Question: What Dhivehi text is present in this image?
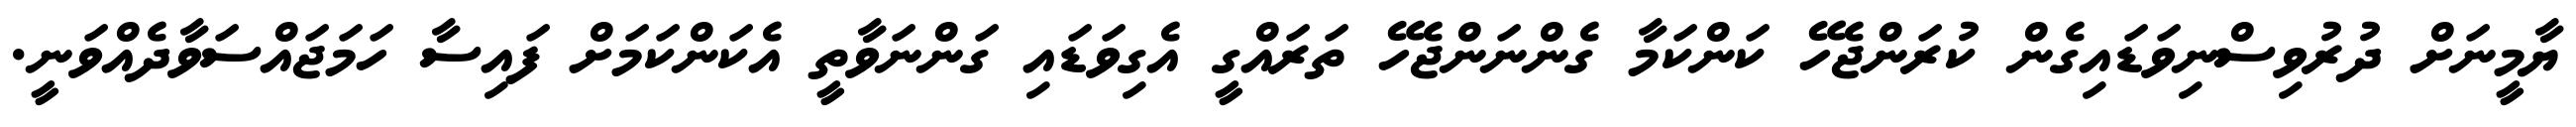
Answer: ޔާމީނަށް ދުރުވިސްނިވަޑައިގެން ކުރަންޖެހޭ ކަންކަމާ ގެންނަންޖެހޭ ތަރައްގީ އެގިވަޑައި ގަންނަވާތީ އެކަންކަމަށް ފައިސާ ހަމަޖައްސަވާދެއްވަނީ.